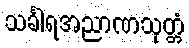
သင်္ခါရအညာဏသုတ္တံ